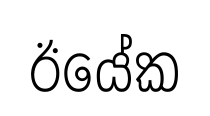
ඊයේක